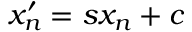
x _ { n } ^ { \prime } = s x _ { n } + c